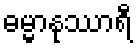
ဓမ္မာနုဿာရီ